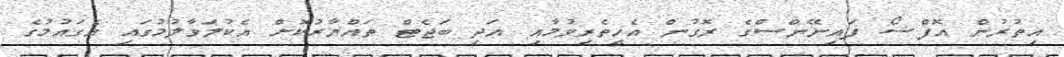
އިތުރުން އޮފްޝޯ ފައިނޭންސްގެ ރޮގުން އެހީތެރިވުމާއި އަދި ބަޖެޓް ތައްޔާރުކޮށް އެކުލަވާލުމުގައި އެގައުމުގެ